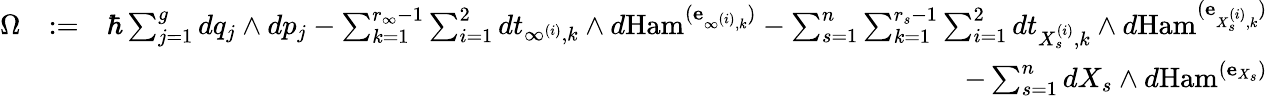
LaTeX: \begin{array}{rlr}{\Omega}&{:=}&{\hbar\sum_{j=1}^{g}dq_{j}\wedge dp_{j}-\sum_{k=1}^{r_{\infty}-1}\sum_{i=1}^{2}dt_{\infty^{(i)},k}\wedge d\mathrm{Ham}^{(\mathbf{e}_{\infty^{(i)},k})}-\sum_{s=1}^{n}\sum_{k=1}^{r_{s}-1}\sum_{i=1}^{2}dt_{X_{s}^{(i)},k}\wedge d\mathrm{Ham}^{(\mathbf{e}_{X_{s}^{(i)},k})}}\\ &{}&{-\sum_{s=1}^{n}dX_{s}\wedge d\mathrm{Ham}^{(\mathbf{e}_{X_{s}})}}\end{array}